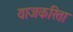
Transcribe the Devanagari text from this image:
याजकरिता